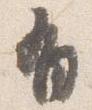
有